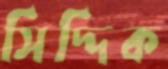
সিদ্দিক